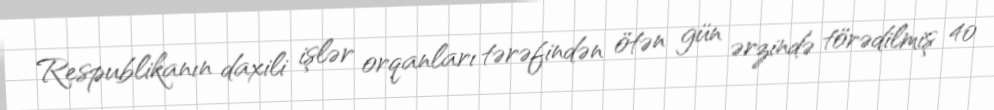
Respublikanın daxili işlər orqanları tərəfindən ötən gün ərzində törədilmiş 40